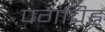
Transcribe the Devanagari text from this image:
पगचिह्न